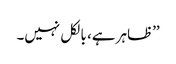
’’ظاہر ہے، بالکل نہیں۔